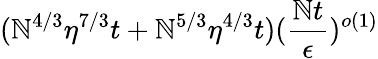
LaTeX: (\mathbb{N}^{4/3}\eta^{7/3}t+\mathbb{N}^{5/3}\eta^{4/3}t)(\frac{{\mathbb{N}t}}{{\epsilon}})^{o(1)}